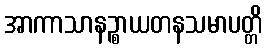
အာကာသာနဉ္စာယတနသမာပတ္တိ